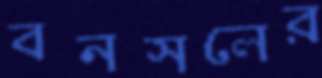
বনসলের